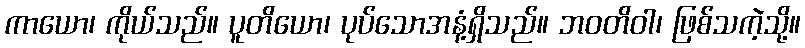
ကာယော၊ ကိုယ်သည်။ ပူတိယော၊ ပုပ်သောအနံ့ရှိသည်။ ဘဝတိဝါ၊ ဖြစ်သကဲ့သို့။